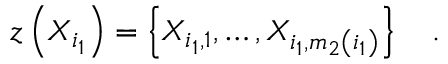
z \left( X _ { i _ { 1 } } \right) = \left\{ X _ { i _ { 1 } , 1 } , \ldots , X _ { i _ { 1 } , m _ { 2 } \left( i _ { 1 } \right) } \right\} \quad .